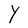
Character: Y